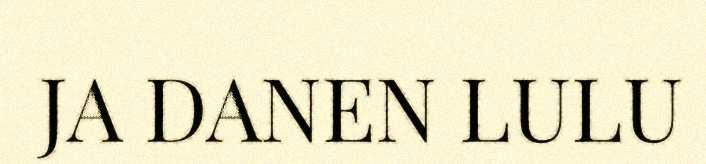
JA DANEN LULU